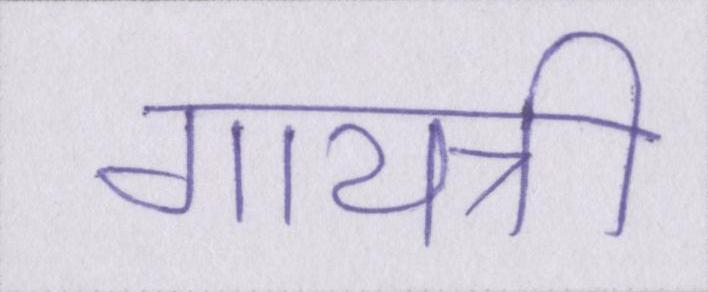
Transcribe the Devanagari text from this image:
गायत्री